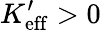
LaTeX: K_{\mathrm{eff}}^{\prime}>0